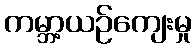
ကမ္ဘာ့ယဉ်ကျေးမှု